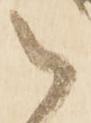
御